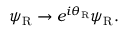
\psi _ { \mathrm { { R } } } \rightarrow e ^ { i \theta _ { \mathrm { { R } } } } \psi _ { \mathrm { { R } } } .